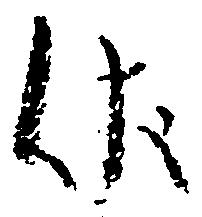
伏